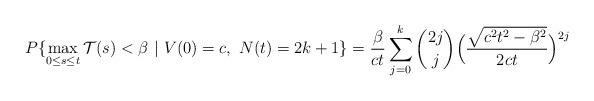
LaTeX: \begin{align*}P\{\max_{0\le s\le t}\mathcal{T}(s)< \beta\ |\ V(0) = c,\ N(t) = 2k+1\} = \frac{\beta}{ct}\sum_{j=0}^{k}\binom{2j}{j}\Bigl(\frac{\sqrt{c^2t^2-\beta^2}}{2ct} \Bigr)^{2j} \end{align*}